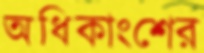
অধিকাংশের